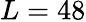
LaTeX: L=48